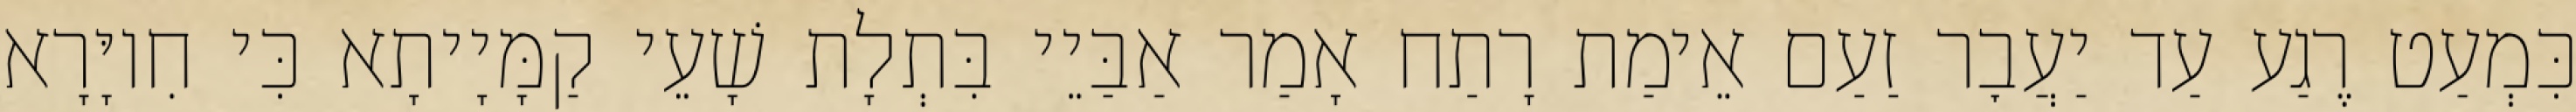
כִּמְעַט רֶגַע עַד יַעֲבׇר זַעַם אֵימַת רָתַח אָמַר אַבַּיֵי בִּתְלָת שָׁעֵי קַמָּיָיתָא כִּי חִיוָּרָא